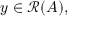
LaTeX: y \in { \mathcal { R } } ( A ) ,